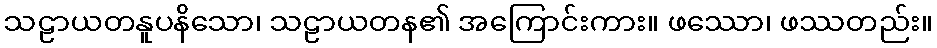
သဠာယတနူပနိသော၊ သဠာယတန၏ အကြောင်းကား။ ဖဿော၊ ဖဿတည်း။